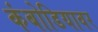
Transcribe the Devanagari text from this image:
कंबोडियावर